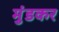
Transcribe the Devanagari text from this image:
मुंडकर